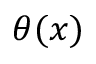
\theta ( x )